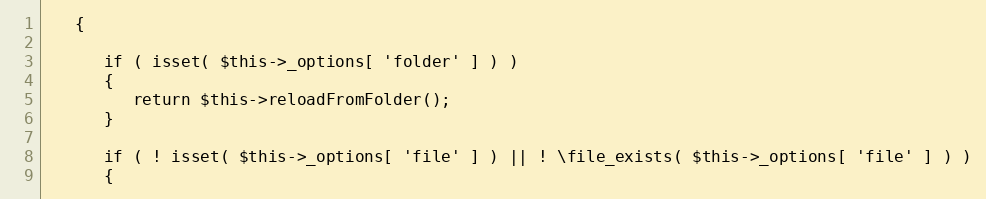
Language: PHP
   {

      if ( isset( $this->_options[ 'folder' ] ) )
      {
         return $this->reloadFromFolder();
      }

      if ( ! isset( $this->_options[ 'file' ] ) || ! \file_exists( $this->_options[ 'file' ] ) )
      {